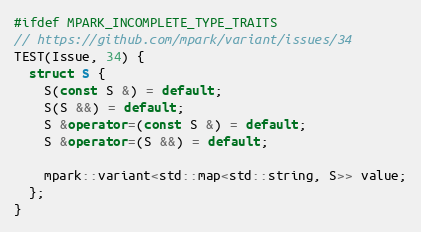
Language: C++
#ifdef MPARK_INCOMPLETE_TYPE_TRAITS
// https://github.com/mpark/variant/issues/34
TEST(Issue, 34) {
  struct S {
    S(const S &) = default;
    S(S &&) = default;
    S &operator=(const S &) = default;
    S &operator=(S &&) = default;

    mpark::variant<std::map<std::string, S>> value;
  };
}